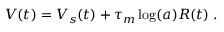
V ( t ) = V _ { s } ( t ) + \tau _ { m } \log ( a ) R ( t ) \; .